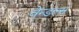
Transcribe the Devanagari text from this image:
वेन्डल्स